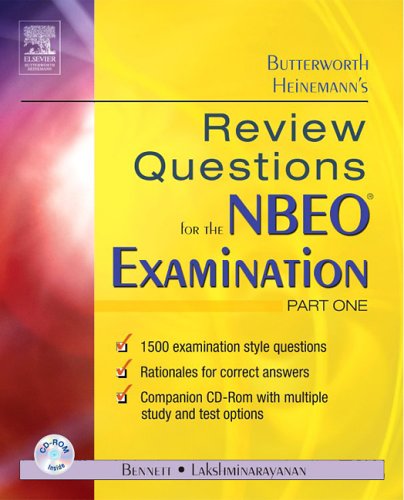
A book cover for Butterworth Heinemann's Review Questions for the NBEO Examination: Part One, 1e (Pt. 1); Butterworth-Heinemann; Medical Books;